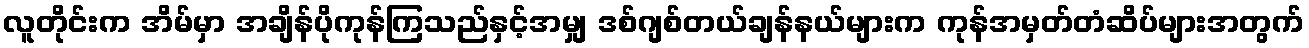
လူတိုင်းက အိမ်မှာ အချိန်ပိုကုန်ကြသည်နှင့်အမျှ ဒစ်ဂျစ်တယ်ချန်နယ်များက ကုန်အမှတ်တံဆိပ်များအတွက်